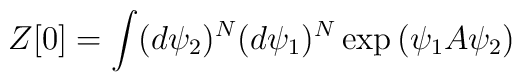
Z[0]=\int (d \psi_2)^N (d \psi_1)^N \exp{\left( \psi_1 A \psi_2\right)}